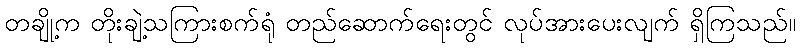
တချို့က တိုးချဲ့သကြားစက်ရုံ တည်ဆောက်ရေးတွင် လုပ်အားပေးလျက် ရှိကြသည်။